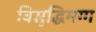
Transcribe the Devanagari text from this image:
बिसुद्धिमग्ग